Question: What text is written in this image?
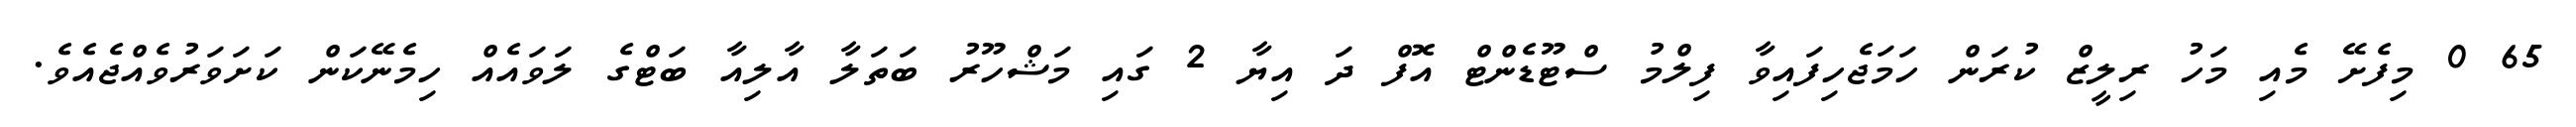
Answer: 65 0 މިފެށޭ މެއި މަހު ރިލީޒް ކުރަން ހަމަޖެހިފައިވާ ފިލްމު ސްޓޫޑެންޓް އޮފް ދަ އިޔާ 2 ގައި މަޝްހޫރު ބަތަލާ އާލިއާ ބަޓްގެ ލަވައެއް ހިމެނޭކަން ކަށަވަރުވެއްޖެއެވެ.